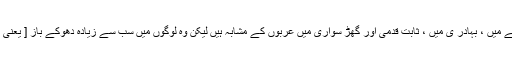
موسیٰ نے فرمایا وہ لڑنے میں ، بہادر ی میں ، ثابت قدمی اور گھڑ سواری میں عربوں کے مشابہ ہیں لیکن وہ لوگوں میں سب سے زیادہ دھوکے باز [ یعنی عہد توڑنے والے ] ہیں ۔